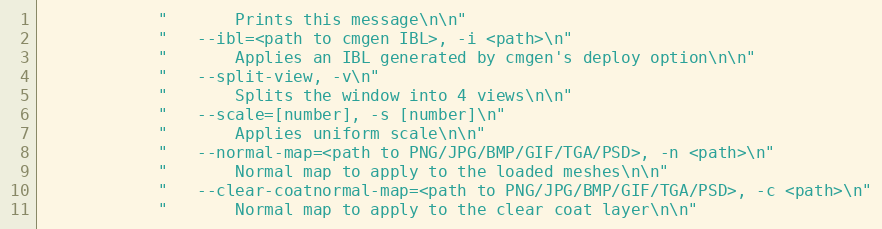
Language: C++
            "       Prints this message\n\n"
            "   --ibl=<path to cmgen IBL>, -i <path>\n"
            "       Applies an IBL generated by cmgen's deploy option\n\n"
            "   --split-view, -v\n"
            "       Splits the window into 4 views\n\n"
            "   --scale=[number], -s [number]\n"
            "       Applies uniform scale\n\n"
            "   --normal-map=<path to PNG/JPG/BMP/GIF/TGA/PSD>, -n <path>\n"
            "       Normal map to apply to the loaded meshes\n\n"
            "   --clear-coatnormal-map=<path to PNG/JPG/BMP/GIF/TGA/PSD>, -c <path>\n"
            "       Normal map to apply to the clear coat layer\n\n"